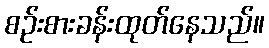
စဉ်းစားခန်းထုတ်နေသည်။